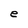
Character: e